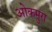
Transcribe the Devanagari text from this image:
ओकमुरा